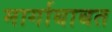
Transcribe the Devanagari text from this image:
मार्गाबाबत